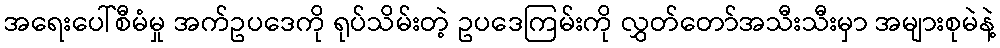
အရေးပေါ်စီမံမှု အက်ဥပဒေကို ရုပ်သိမ်းတဲ့ ဥပဒေကြမ်းကို လွှတ်တော်အသီးသီးမှာ အများစုမဲနဲ့